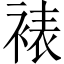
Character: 裱